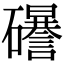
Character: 𥗟